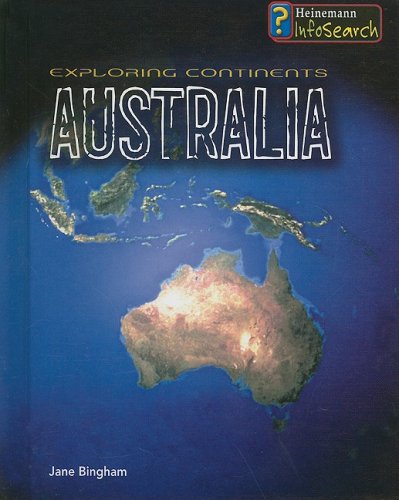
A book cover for Exploring Australia (Exploring Continents); Jane Bingham; Children's Books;